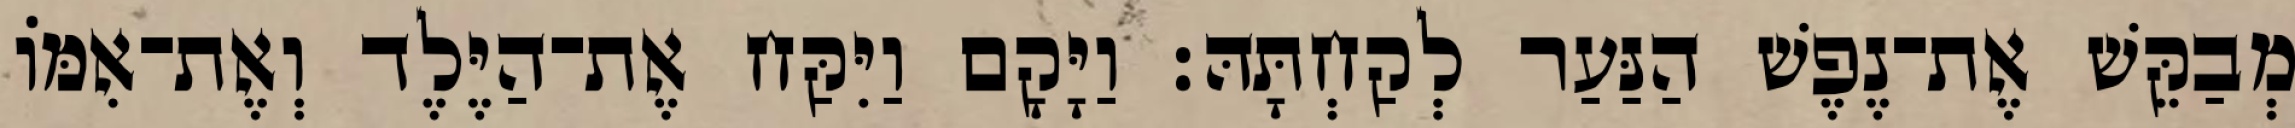
מְבַקֵּשׁ אֶת־נֶפֶשׁ הַנַּעַר לְקַחְתָּהּ׃ וַיָּקָם וַיִּקַּח אֶת־הַיֶּלֶד וְאֶת־אִמּוֹ